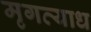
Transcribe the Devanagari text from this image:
मृगव्याध